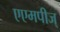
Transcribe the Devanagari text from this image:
एएमपीज्